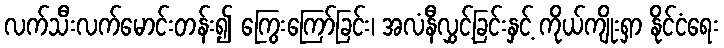
လက်သီးလက်မောင်းတန်း၍ ကြွေးကြော်ခြင်း၊ အလံနီလွှင့်ခြင်းနှင့် ကိုယ်ကျိုးရှာ နိုင်ငံရေး